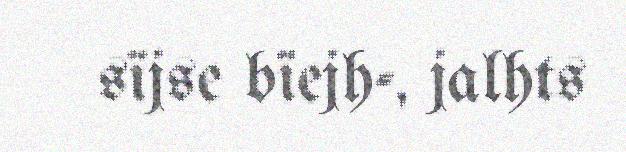
sïjse bïejh-, jalhts